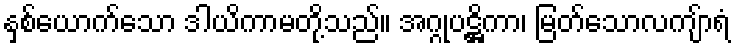
နှစ်ယောက်သော ဒါယိကာမတို့သည်။ အဂ္ဂုပဋ္ဌိကာ၊ မြတ်သောလကျ်ာရံ